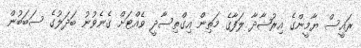
ރައީސް ޔާމީންގެ އިރުޝާދާ ލަފާގެ މަތިން އިގްތިސާދީ ވެއްޓަށް ގެނެވުނު ބަދަލުގެ ސަބަބުން